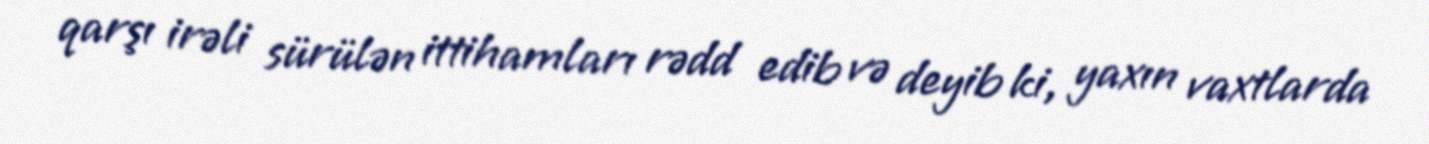
qarşı irəli sürülən ittihamları rədd edib və deyib ki, yaxın vaxtlarda